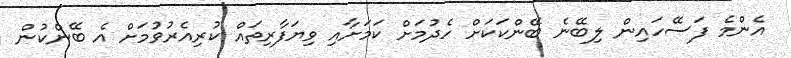
އެންމެ ފަސޭހައިން ލިބޭނެ ބޭންކަކަށް ހެދުމަށް ކަމަށާއި ވިޔަފާރިތައް ކުރިއެރުވުމަށް އެ ބޭންކުން